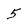
Character: 5